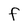
Character: F